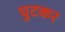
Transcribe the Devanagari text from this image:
घुटकर